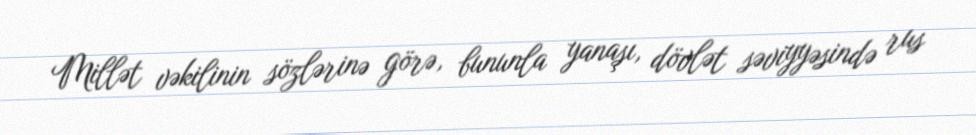
Millət vəkilinin sözlərinə görə, bununla yanaşı, dövlət səviyyəsində rus